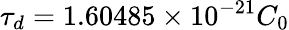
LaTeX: \tau_{d}=1.60485\times 10^{-21}C_{0}